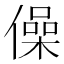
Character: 僺